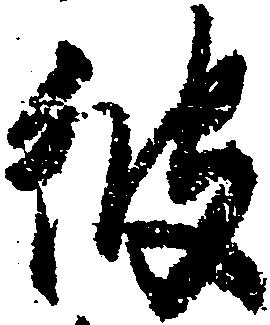
彼